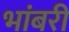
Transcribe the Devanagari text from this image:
भांबरी